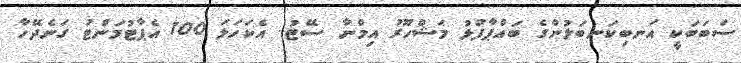
ސަބަބަކީ އަނބިކަނބަލުންގެ ބައްޕާފުޅު މަޝްހޫރު އިމްނާ ސޭޓު.. އެކަހަލަ 100 އެޕާޓުމަންޓު ގަނެދޭހާ